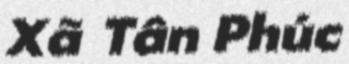
Xã Tân Phúc